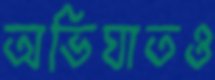
অভিঘাতও